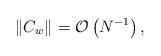
LaTeX: \begin{align*}\|C_w\|_{} = \mathcal{O}\left( N^{-1} \right),\end{align*}